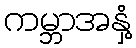
ကမ္ဘာအနှံ့